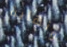
ونهاية